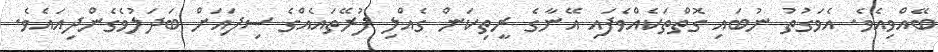
ބޭއްވިއެވެ. އެވަގުތު ނުބައި ގޮތްތަކެއްވެފައި އޭނާގެ ރީތިކަން ގެއްލި ފުރޭތައެއްގެ ސިފައަށް ބަދަލުވެގެންދިއައެވެ.